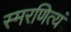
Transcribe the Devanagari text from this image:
स्मरणित्यं